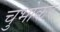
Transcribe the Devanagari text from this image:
चुभोकर